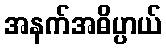
အနက်အဓိပ္ပာယ်